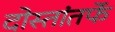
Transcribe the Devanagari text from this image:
दोस्तांतर्फे